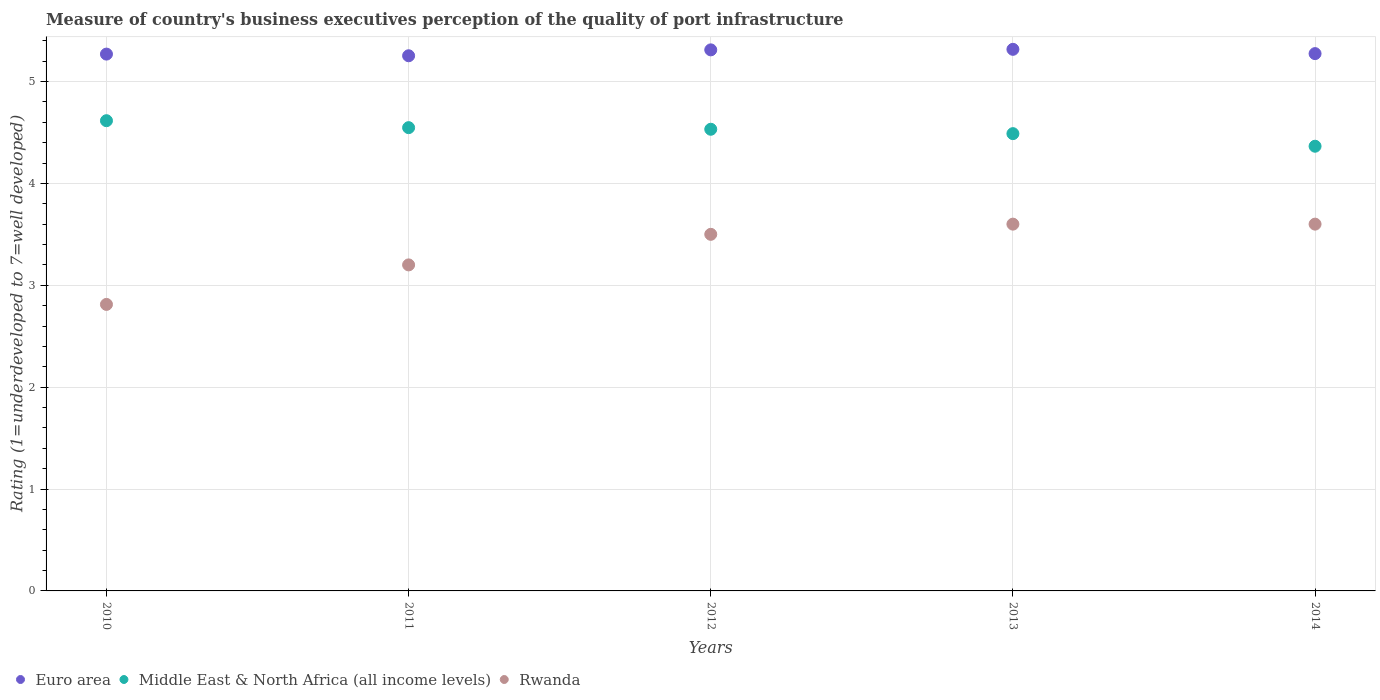
| Years | Euro area | Middle East & North Africa (all income levels) | Rwanda |
 | --- | --- | --- | --- |
 | 2010 | 5.27 | 4.62 | 2.81 |
 | 2011 | 5.25 | 4.55 | 3.2 |
 | 2012 | 5.31 | 4.53 | 3.5 |
 | 2013 | 5.32 | 4.49 | 3.6 |
 | 2014 | 5.27 | 4.36 | 3.6 |